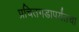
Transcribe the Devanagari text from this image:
प्रचितगडापर्यंतचा